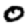
Digit: 0